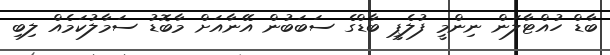
ބާޑް ހުއްޓާލަން ނިންމީ ފުލެޕީ ބާޑްގެ ސަބަބުން އޭނާއަށް މާބޮޑު ސަމާލުކަމެއް ލިބި